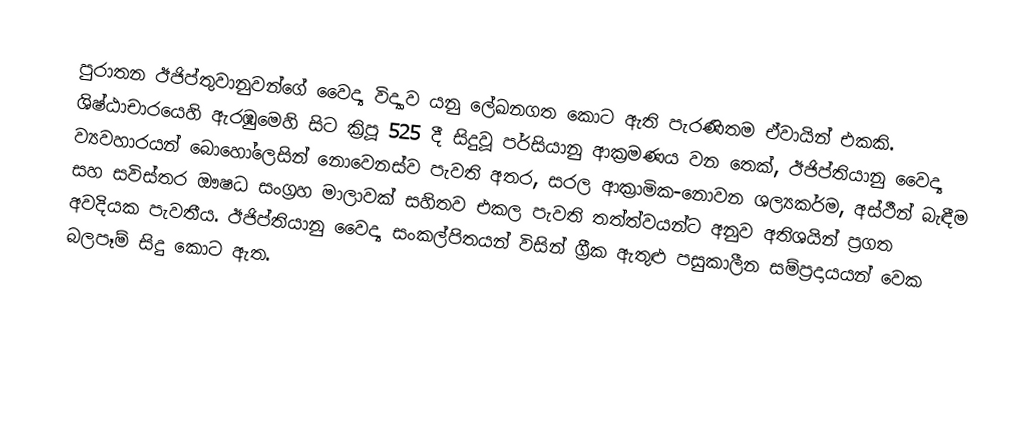
පුරාතන ඊජිප්තුවානුවන්ගේ වෛද්‍ය විද්‍යාව යනු ලේඛනගත කොට ඇති පැරණිතම ඒවායින් එකකි.  ශිෂ්ඨාචාරයෙහි ඇරඹුමෙහි සිට  ක්‍රිපූ 525 දී සිදුවූ පර්සියානු ආක්‍රමණය වන තෙක්, ඊජිප්තියානු වෛද්‍ය ව්‍යවහාරයන් බොහෝලෙසින් නොවෙනස්ව පැවති අතර,  සරල ආක්‍රාමික-නොවන ශල්‍යකර්ම, අස්ථීන් බැඳීම සහ සවිස්තර  ඖෂධ සංග්‍රහ මාලාවක් සහිතව එකල පැවති තත්ත්වයන්ට අනුව අතිශයින් ප්‍රගත අවදියක පැවතීය. ඊජිප්තියානු වෛද්‍ය සංකල්පිතයන් විසින් ග්‍රීක ඇතුළු පසුකාලීන සම්ප්‍රදායයන් වෙක බලපෑම් සිදු කොට ඇත.